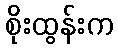
စိုးထွန်းက